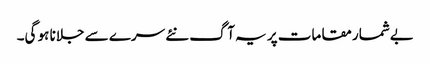
بےشمار مقامات پر یہ آگ نئے سرے سے جلانا ہو گی۔